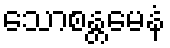
သောစန္တမေနံ